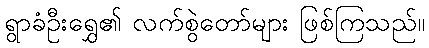
ရွာခံဦးရွှေ၏ လက်စွဲတော်များ ဖြစ်ကြသည်။